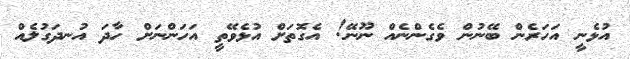
އުޅެނީ އަހަރެން ބޭނުން ވެގެންނެއް ނޫނޭ! އެގޮތަށް އުޅެވޭތީ އަހަންނަށް ހާދަ އުނދަގުލެއް